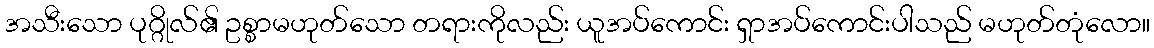
အသီးသော ပုဂ္ဂိုလ်၏ ဥစ္စာမဟုတ်သော တရားကိုလည်း ယူအပ်ကောင်း ရှာအပ်ကောင်းပါသည် မဟုတ်တုံလော။